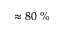
\approx 8 0 \; \%